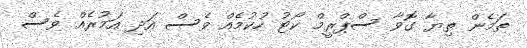
ތަމެން ތިޔާ ގޮވާ ސްޕްރީމް ކޯޓު ހުކުމެއް ވެސް އަދި އަމުރެއް ވެސް